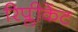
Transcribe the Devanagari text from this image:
रिप्लीकेंट